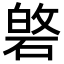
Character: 𮀯